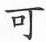
可